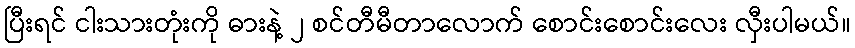
ပြီးရင် ငါးသားတုံးကို ဓားနဲ့ ၂ စင်တီမီတာလောက် စောင်းစောင်းလေး လှီးပါမယ်။